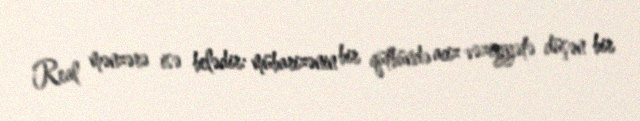
Real mənzərə isə belədir: mübarizənin bir qütbündə aciz vəziyyətə düşən bir